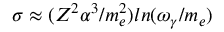
\sigma \approx ( Z ^ { 2 } \alpha ^ { 3 } / m _ { e } ^ { 2 } ) l n ( \omega _ { \gamma } / m _ { e } )